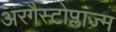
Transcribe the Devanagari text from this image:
अरगैस्टोप्लाज्म